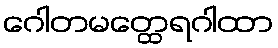
ဂေါတမတ္ထေရဂါထာ